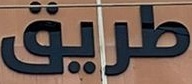
طریق